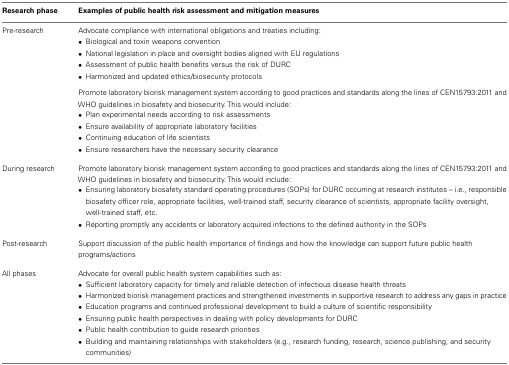
| Research phase | Examples of public health risk assessment and mitigation measures |
 | --- | --- |
 | Pre-research | Advocate compliance with international obligations and treaties including: |
 |  | • Biological and toxin weapons convention |
 |  | • National legislation in place and oversight bodies aligned with EU regulations |
 |  | • Assessment of public health benefits versus the risk of DURC |
 |  | • Harmonized and updated ethics/biosecurity protocols |
 |  | Promote laboratory biorisk management system according to good practices and standards along the lines of CEN15793:2011 and WHO guidelines in biosafety and biosecurity. This would include: |
 |  | • Plan experimental needs according to risk assessments |
 |  | • Ensure availability of appropriate laboratory facilities |
 |  | • Continuing education of life scientists |
 |  | • Ensure researchers have the necessary security clearance |
 | During research | Promote laboratory biorisk management system according to good practices and standards along the lines of CEN15793:2011 and WHO guidelines in biosafety and biosecurity. This would include: |
 |  | • Ensuring laboratory biosafety standard operating procedures (SOPs) for DURC occurring at research institutes – i.e., responsible biosafety officer role, appropriate facilities, well-trained staff, security clearance of scientists, appropriate facility oversight, well-trained staff, etc. |
 |  | • Reporting promptly any accidents or laboratory acquired infections to the defined authority in the SOPs |
 | Post-research | Support discussion of the public health importance of findings and how the knowledge can support future public health programs/actions |
 | All phases | Advocate for overall public health system capabilities such as: |
 |  | • Sufficient laboratory capacity for timely and reliable detection of infectious disease health threats |
 |  | • Harmonized biorisk management practices and strengthened investments in supportive research to address any gaps in practice |
 |  | • Education programs and continued professional development to build a culture of scientific responsibility |
 |  | • Ensuring public health perspectives in dealing with policy developments for DURC |
 |  | • Public health contribution to guide research priorities |
 |  | • Building and maintaining relationships with stakeholders (e.g., research funding, research, science publishing, and security communities) |